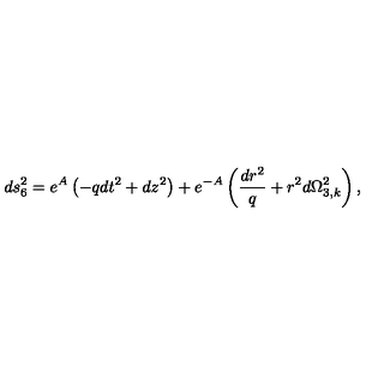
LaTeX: d s _ { 6 } ^ { 2 } = e ^ { A } \left( - q d t ^ { 2 } + d z ^ { 2 } \right) + e ^ { - A } \left( \frac { d r ^ { 2 } } { q } + r ^ { 2 } d \Omega _ { 3 , k } ^ { 2 } \right) ,